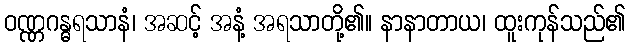
ဝဏ္ဏဂန္ဓရသာနံ၊ အဆင့် အနံ့ အရသာတို့၏။ နာနာတာယ၊ ထူးကုန်သည်၏